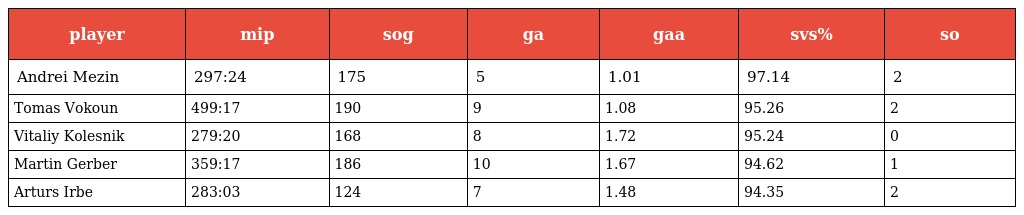
| player | mip | sog | ga | gaa | svs% | so |
 | --- | --- | --- | --- | --- | --- | --- |
 | Andrei Mezin | 297:24 | 175 | 5 | 1.01 | 97.14 | 2 |
 | Tomas Vokoun | 499:17 | 190 | 9 | 1.08 | 95.26 | 2 |
 | Vitaliy Kolesnik | 279:20 | 168 | 8 | 1.72 | 95.24 | 0 |
 | Martin Gerber | 359:17 | 186 | 10 | 1.67 | 94.62 | 1 |
 | Arturs Irbe | 283:03 | 124 | 7 | 1.48 | 94.35 | 2 |